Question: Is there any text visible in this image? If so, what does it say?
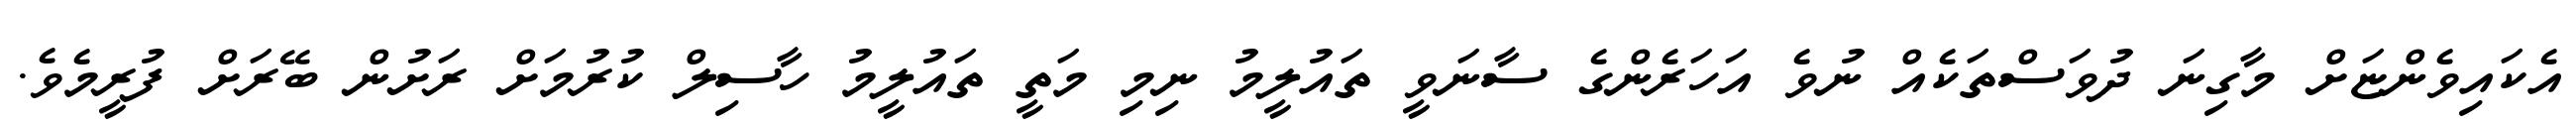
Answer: އެކައިވެންޏަށް މާގިނަ ދުވަސްތަކެއް ނުވެ އަހަރެންގެ ސާނަވީ ތައުލީމު ނިމި މަތީ ތައުލީމު ހާސިލް ކުރުމަށް ރަށުން ބޭރަށް ފުރީމެވެ.